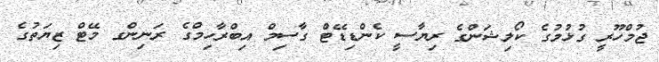
ޖުމްހޫރީ ގުޅުމުގެ ކޯލިޝަންގެ ރިޔާސީ ކެންޑިޑޭޓް ގާސިމް އިބްރާހިމްގެ ރަނިންގ މޭޓް ޒިޔަތުގެ